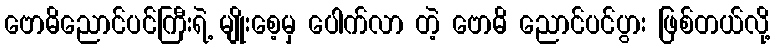
ဗောဓိညောင်ပင်ကြီးရဲ့ မျိုးစေ့မှ ပေါက်လာ တဲ့ ဗောဓိ ညောင်ပင်ပွား ဖြစ်တယ်လို့